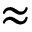
\approx